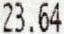
23.64